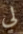
لي